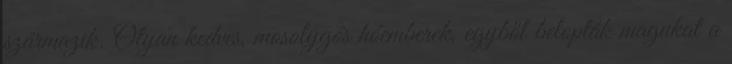
származik. Olyan kedves, mosolygós hóemberek, egyből belopták magukat a